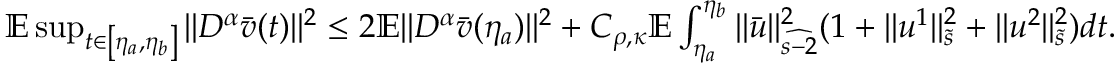
\begin{array} { r } { \mathbb { E } \operatorname* { s u p } _ { t \in \left[ \eta _ { a } , \eta _ { b } \right] } \| D ^ { \alpha } \bar { v } ( t ) \| ^ { 2 } \leq 2 \mathbb { E } \| D ^ { \alpha } \bar { v } ( \eta _ { a } ) \| ^ { 2 } + C _ { \rho , \kappa } \mathbb { E } \int _ { \eta _ { a } } ^ { \eta _ { b } } \| \bar { u } \| _ { \widehat { s - 2 } } ^ { 2 } ( 1 + \| u ^ { 1 } \| _ { \tilde { s } } ^ { 2 } + \| u ^ { 2 } \| _ { \tilde { s } } ^ { 2 } ) d t . } \end{array}